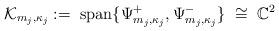
LaTeX: \begin{align*} \mathcal{K}_{m_j,\kappa_j}:=\;\mathrm{span}\{\Psi^+_{m_j,\kappa_j},\Psi^-_{m_j,\kappa_j}\}\;\cong\;\mathbb{C}^2\end{align*}